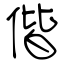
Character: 偕